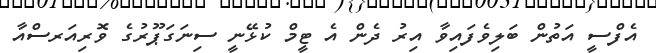
އެފްސީ އަތުން ބަލިވެފައިވާ އިރު ދެން އެ ޓީމް ކުޅޭނީ ސިނަގަޕޫރުގެ ވޮރިއަރސްއާ